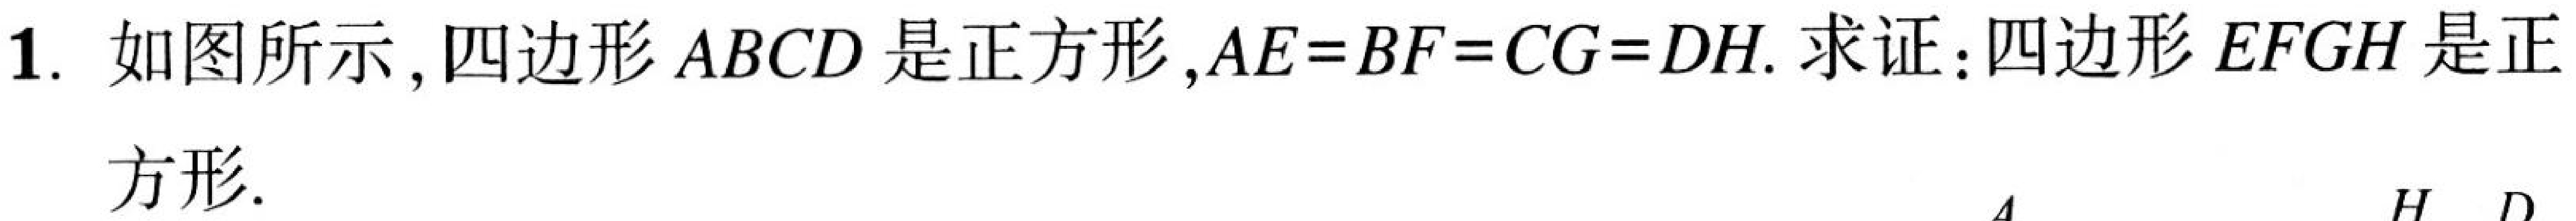
1. 如图所示,四边形$ABCD$是正方形,$AE = BF = CG = DH$. 求证:四边形$EFGH$是正方形.